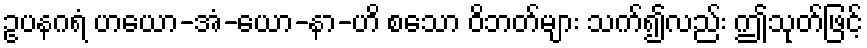
ဥပနဂရံ ဟယော-အံ-ယော-နာ-ဟိ စသော ဝိဘတ်များ သက်၍လည်း ဤသုတ်ဖြင့်